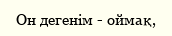
Он дегенім - оймақ,